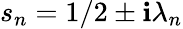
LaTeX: s_{n}=1/2\pm\mathbf{i}\lambda_{n}